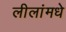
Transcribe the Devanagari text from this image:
लीलांमधे